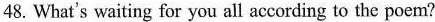
48. What's waiting for you all according to the poem?